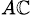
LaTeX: _{A\mathbb{C}}